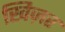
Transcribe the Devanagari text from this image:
खिज़र